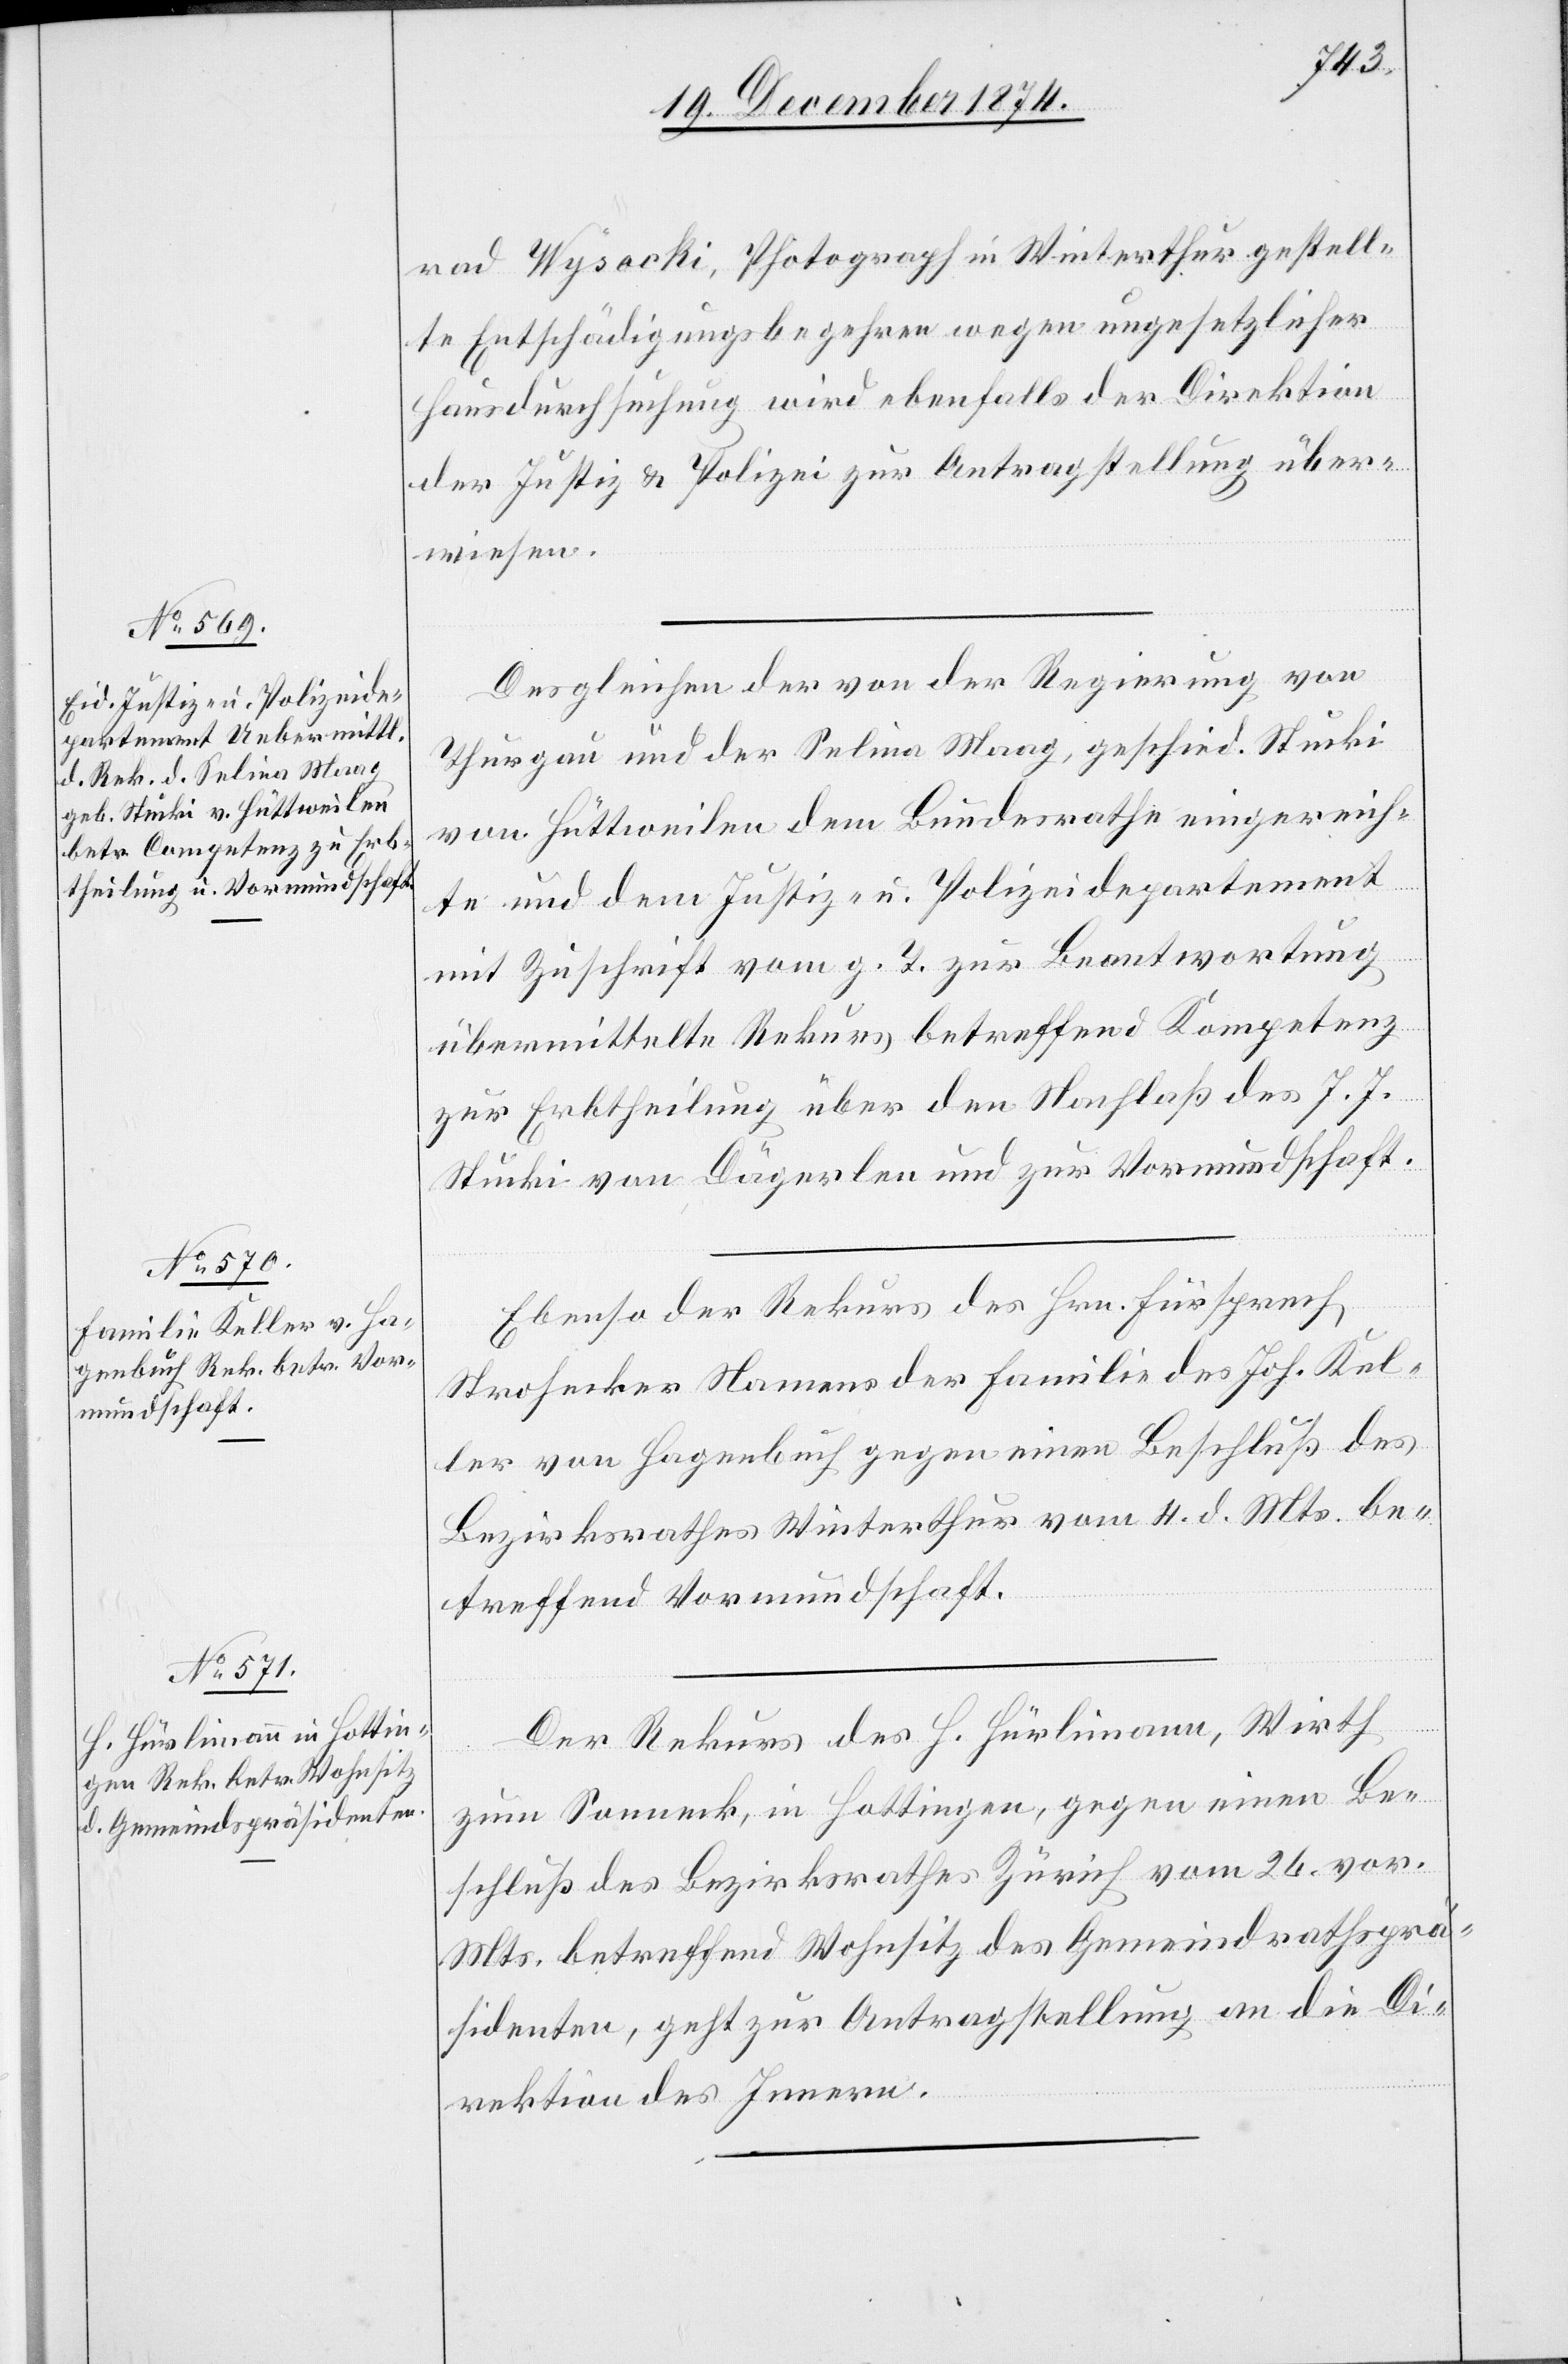
23. December 1874.]
rad Wysocki [sic!], Photograph in Winterthur gestell¬
te Entschädigungsbegehren wegen ungesetzlicher
Hausdurchsuchung wird ebenfalls der Direktion
der Justiz & Polizei zur Antragstellung über¬
wiesen.
Desgleichen der von der Regierung von
Thurgau und der Selina Maag, geschied. Stucki
von Hüttweilen dem Bundesrathe eingereich¬
te und dem Justiz- u. Polizeidepartement
mit Zuschrift vom g. T. zur Beantwortung
übermittelte Rekurs betreffend Kompetenz
zur Erbtheilung über den Nachlaß des J. J.
Stucki von Dägerlen und zur Vormundschaft.
Ebenso der Rekurs des Hrn. Fürsprech
Strohecker Namens der Familie des Joh. Kel¬
ler von Hagenbuch gegen einen Beschluß des
Bezirksrathes Winterthur vom 4. d. Mts. be¬
treffend Vormundschaft.
Der Rekurs des H. Hürlimann, Wirth
zum Sonneck, in Hottingen, gegen einen Be¬
schluß des Bezirksrathes Zürich vom 26. vor.
Mts. betreffend Wohnsitz des Gemeindrathsprä¬
sidenten, geht zur Antragstellung an die Di¬
rektion des Innern.